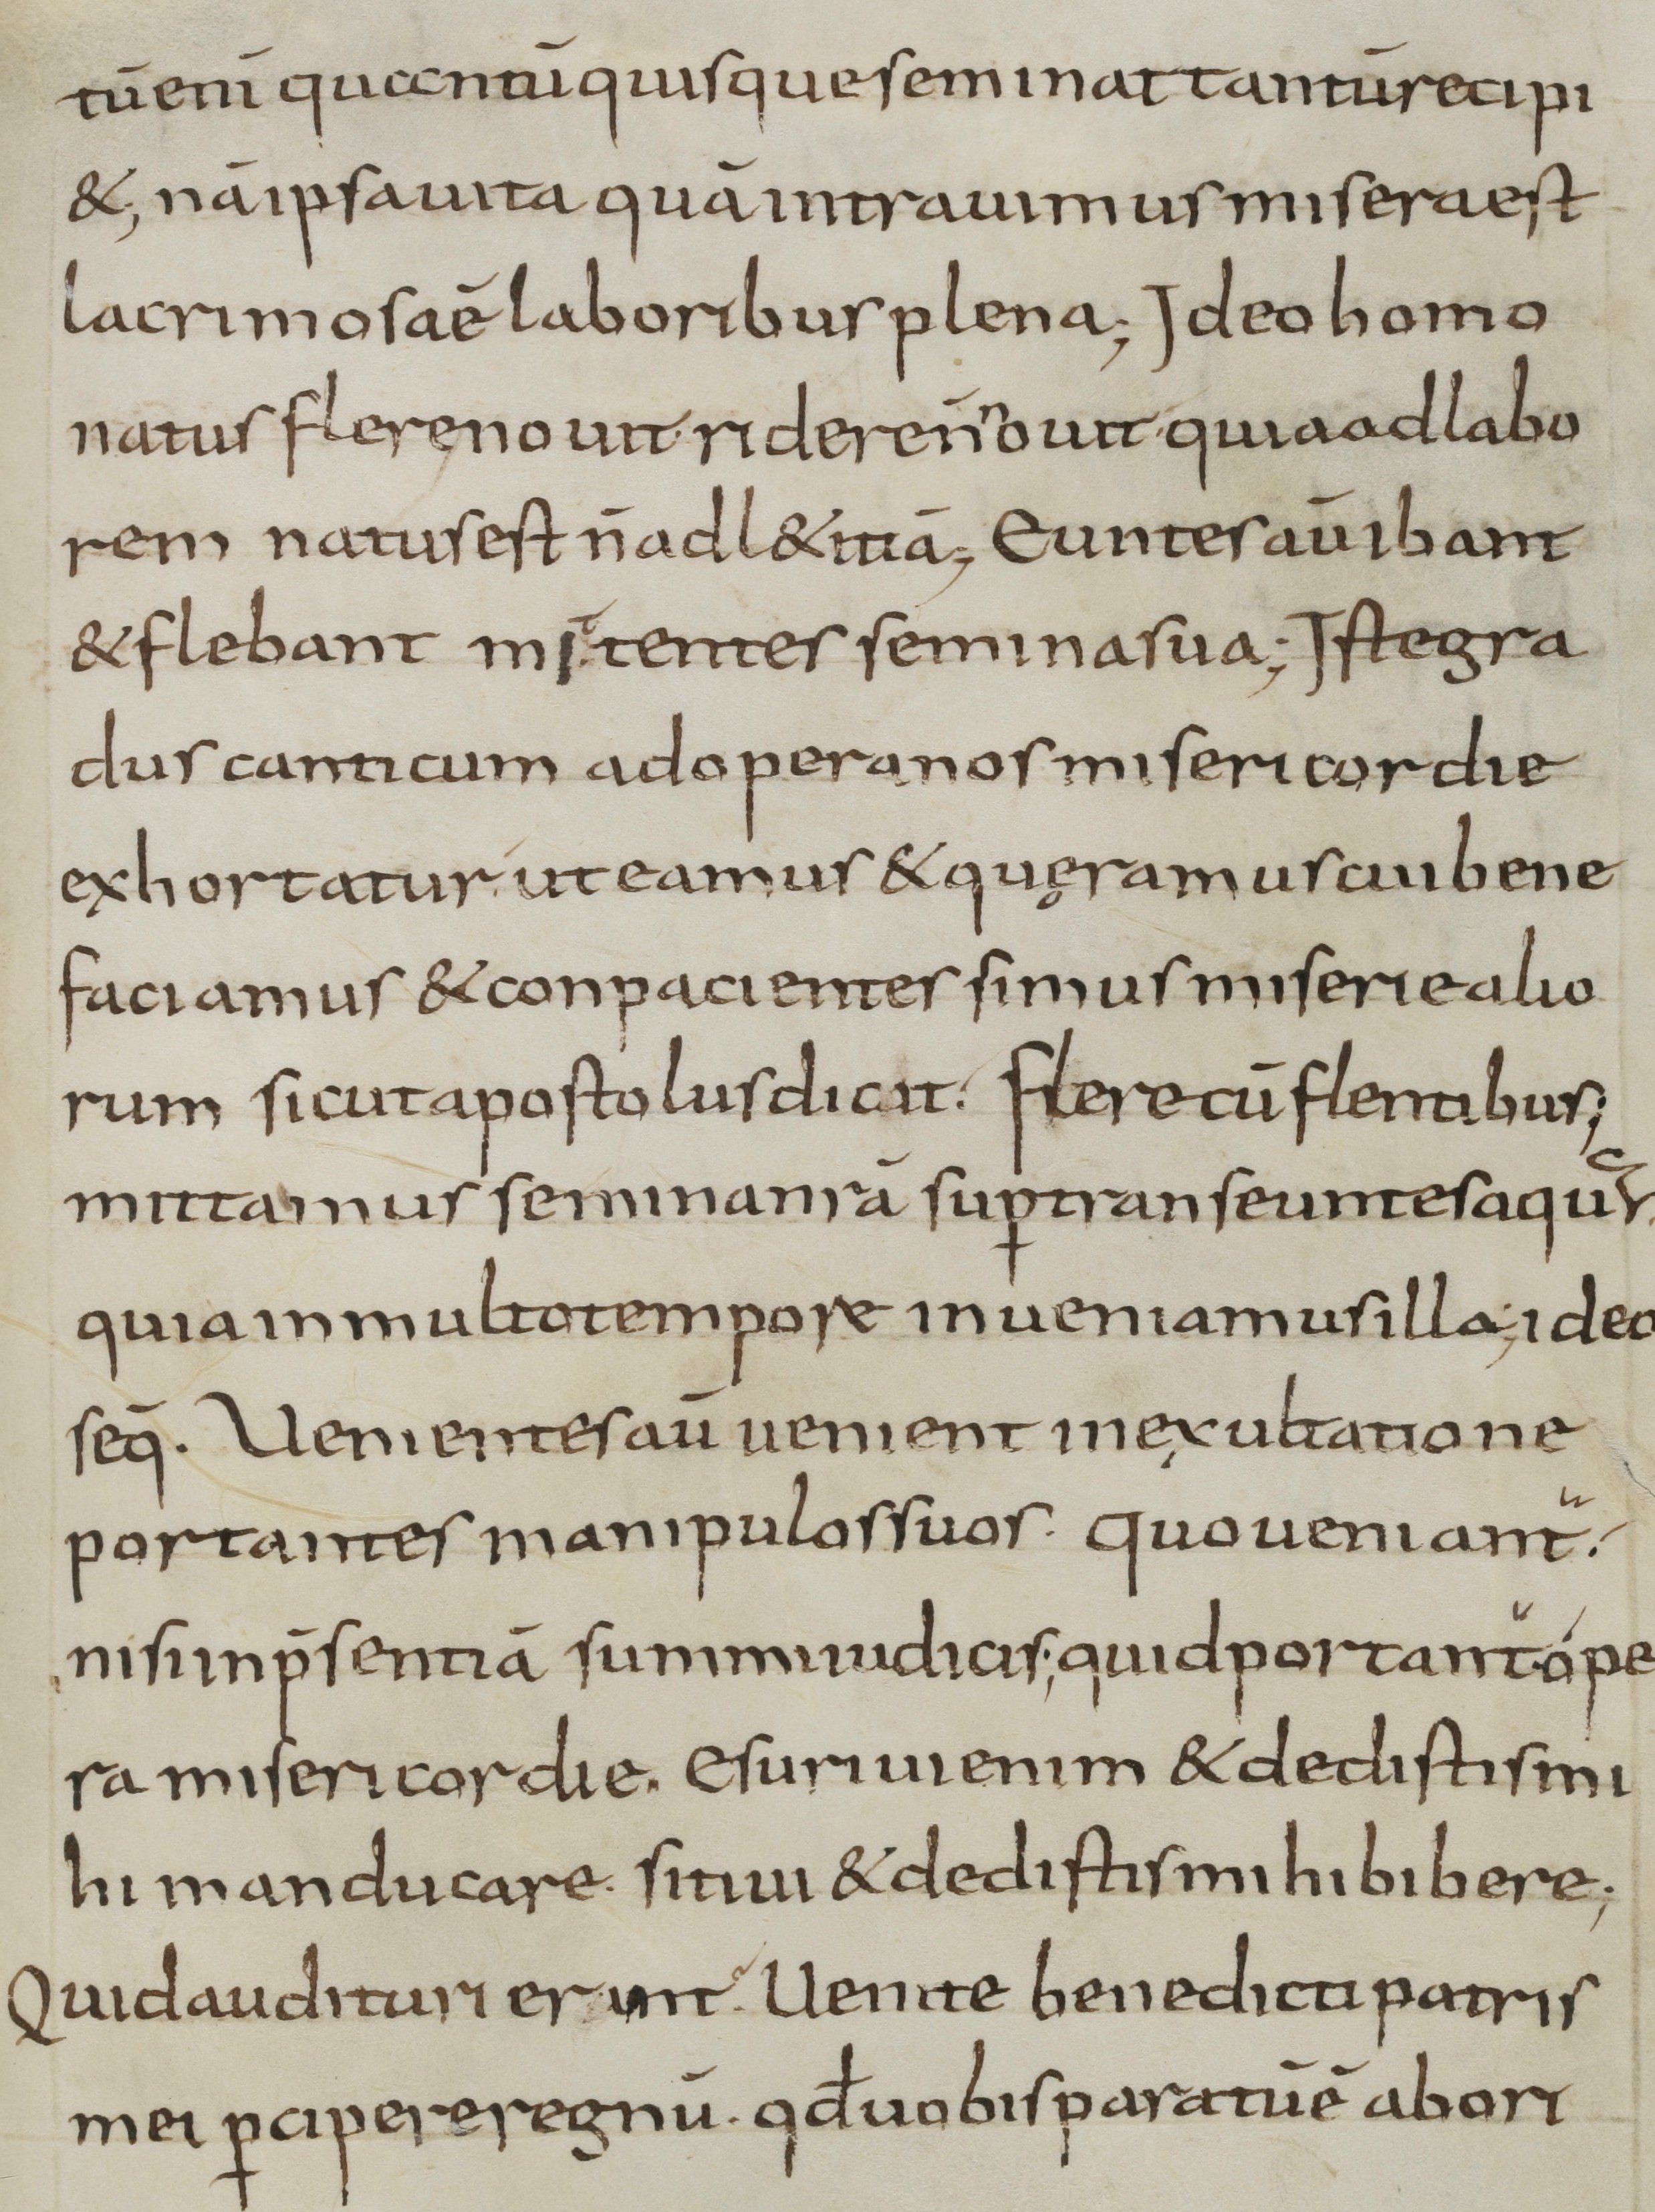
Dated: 900–999